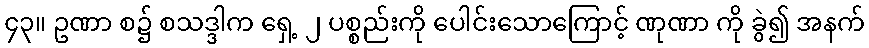
၄၃။ ဥဏာ စ၌ စသဒ္ဒါက ရှေ့ ၂ ပစ္စည်းကို ပေါင်းသောကြောင့် ဏုဏာ ကို ခွဲ၍ အနက်